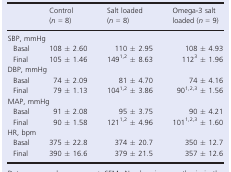
<table><thead><tr><td></td><td><b>Control (<i>n</i> = 8)</b></td><td><b>Salt loaded (<i>n</i> = 8)</b></td><td><b>Omega-3 salt loaded (<i>n</i> = 9)</b></td></tr></thead><tbody><tr><td colspan="4">SBP, mmHg</td></tr><tr><td> Basal</td><td>108 ± 2.60</td><td>110 ± 2.95</td><td>108 ± 4.93</td></tr><tr><td> Final</td><td>105 ± 1.46</td><td>1491,2 ± 8.63</td><td>1123 ± 1.96</td></tr><tr><td colspan="4">DBP, mmHg</td></tr><tr><td> Basal</td><td>74 ± 2.09</td><td>81 ± 4.70</td><td>74 ± 4.16</td></tr><tr><td> Final</td><td>79 ± 1.13</td><td>1041,2 ± 3.86</td><td>901,2,3 ± 1.56</td></tr><tr><td colspan="4">MAP, mmHg</td></tr><tr><td> Basal</td><td>91 ± 2.08</td><td>95 ± 3.75</td><td>90 ± 4.21</td></tr><tr><td> Final</td><td>90 ± 1.58</td><td>121<sup>1,</sup>2 ± 4.96</td><td>101<sup>1,</sup>2,3 ± 1.60</td></tr><tr><td colspan="4">HR, bpm</td></tr><tr><td> Basal</td><td>375 ± 22.8</td><td>374 ± 20.7</td><td>350 ± 12.7</td></tr><tr><td> Final</td><td>390 ± 16.6</td><td>379 ± 21.5</td><td>357 ± 12.6</td></tr></tbody></table>